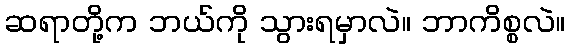
ဆရာတို့က ဘယ်ကို သွားရမှာလဲ။ ဘာကိစ္စလဲ။